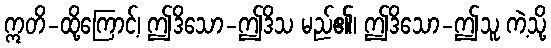
ဣတိ-ထို့ကြောင့်၊ ဤဒိသော-ဤဒိသ မည်၏၊ ဤဒိသော-ဤသူ ကဲ့သို့